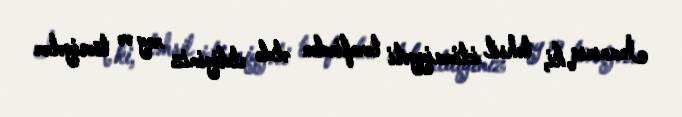
İnanırıq ki, təhsil ictimaiyyəti tərəfindən əldə etdiyimiz rəy və tövsiyələr